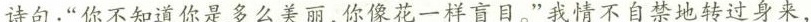
诗句：“你不知道你是多么美丽，你像花一样盲目。”我情不自禁地转过身来，